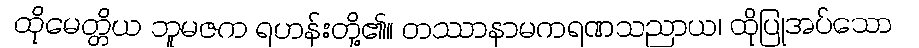
ထိုမေတ္တိယ ဘူမဇက ရဟန်းတို့၏။ တဿာနာမကရဏသညာယ၊ ထိုပြုအပ်သော